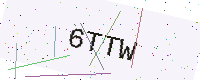
Text: 6TTW